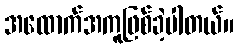
အထောက်အကူဖြစ်ခဲ့ပါတယ်။